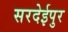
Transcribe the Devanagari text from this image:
सरदेईपुर